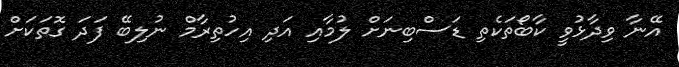
އޭނާ ވިދާޅުވީ ކާބޯތަކެތި ޑަސްބިނަށް ލުމާއި އަދި އިހުތިރާމް ނުލިބޭ ފަދަ ގޮތަކަށް